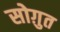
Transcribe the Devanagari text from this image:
सोग़ुत